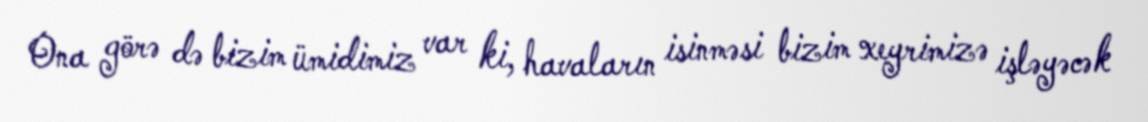
Ona görə də bizim ümidimiz var ki, havaların isinməsi bizim xeyrimizə işləyəcək